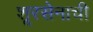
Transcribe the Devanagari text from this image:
शूरसेनाची